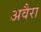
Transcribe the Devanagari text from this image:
अवैरा